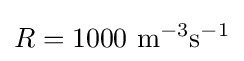
R=1000\ {\text{m}}^{-3}{\text{s}}^{-1}